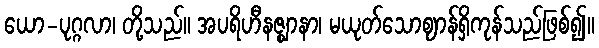
ယော-ပုဂ္ဂလာ၊ တို့သည်။ အပရိဟီနဇ္ဈာနာ၊ မယုတ်သောဈာန်ရှိကုန်သည်ဖြစ်၍။